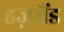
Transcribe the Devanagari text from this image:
हज़बैंड